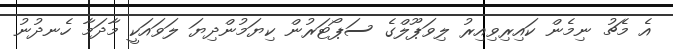
އެ މެޗު ނިމެން ކައިރިވިއިރު ލިވަޕޫލްގެ ސަޕޯޓަރުން ކިޔަމުންދިޔަ ލަވައަކީ މާދަމާ ހެނދުނު